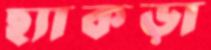
ছ্যাকড়া